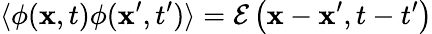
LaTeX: \langle\phi(\mathbf{x},t)\phi(\mathbf{x}^{\prime},t^{\prime})\rangle=\mathcal{E}\left(\mathbf{x}-\mathbf{x}^{\prime},t-t^{\prime}\right)